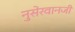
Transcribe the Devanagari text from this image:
नुसेरवानजी